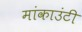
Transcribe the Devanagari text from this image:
मांकाउंटी